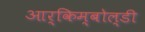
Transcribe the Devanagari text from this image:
आर्किम्बोल्डी